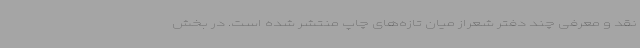
نقد و معرفی چند دفتر شعراز میان تازه‌های چاپ منتشر شده است. در بخش